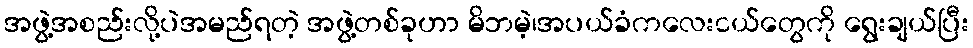
အဖွဲ့အစည်းလို့ပဲအမည်ရတဲ့ အဖွဲ့တစ်ခုဟာ မိဘမဲ့၊အပယ်ခံကလေးငယ်တွေကို ရွေးချယ်ပြီး